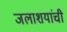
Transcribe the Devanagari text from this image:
जलाशयांची